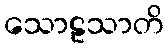
သောဠသာတိ